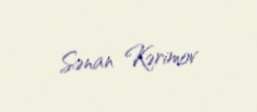
Sənan Kərimov